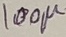
Text: 100µ